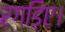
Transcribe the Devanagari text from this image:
रगड़िए।